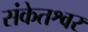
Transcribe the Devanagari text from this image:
संकेतश्वर